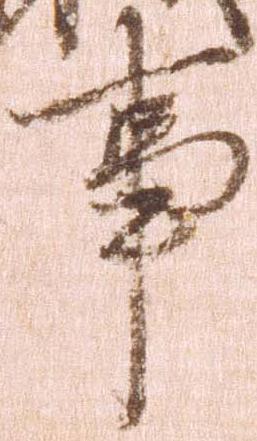
事